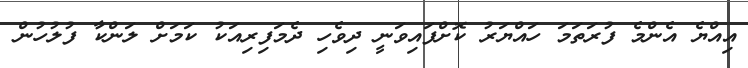
އިއްޔެ އެންމެ ފުރަތަމަ ހައްޔަރު ކޮށްފައިވަނީ ދިވެހި ދެމަފިރިއަކު ކަމަށް ލަންކާ ފުލުހުން